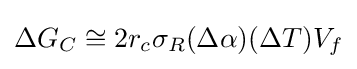
\Delta G_{C}\cong 2r_{c}\sigma _{R}(\Delta \alpha )(\Delta T)V_{f}